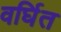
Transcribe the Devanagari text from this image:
वर्घित